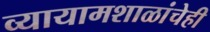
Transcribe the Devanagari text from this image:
व्यायामशाळांचेही